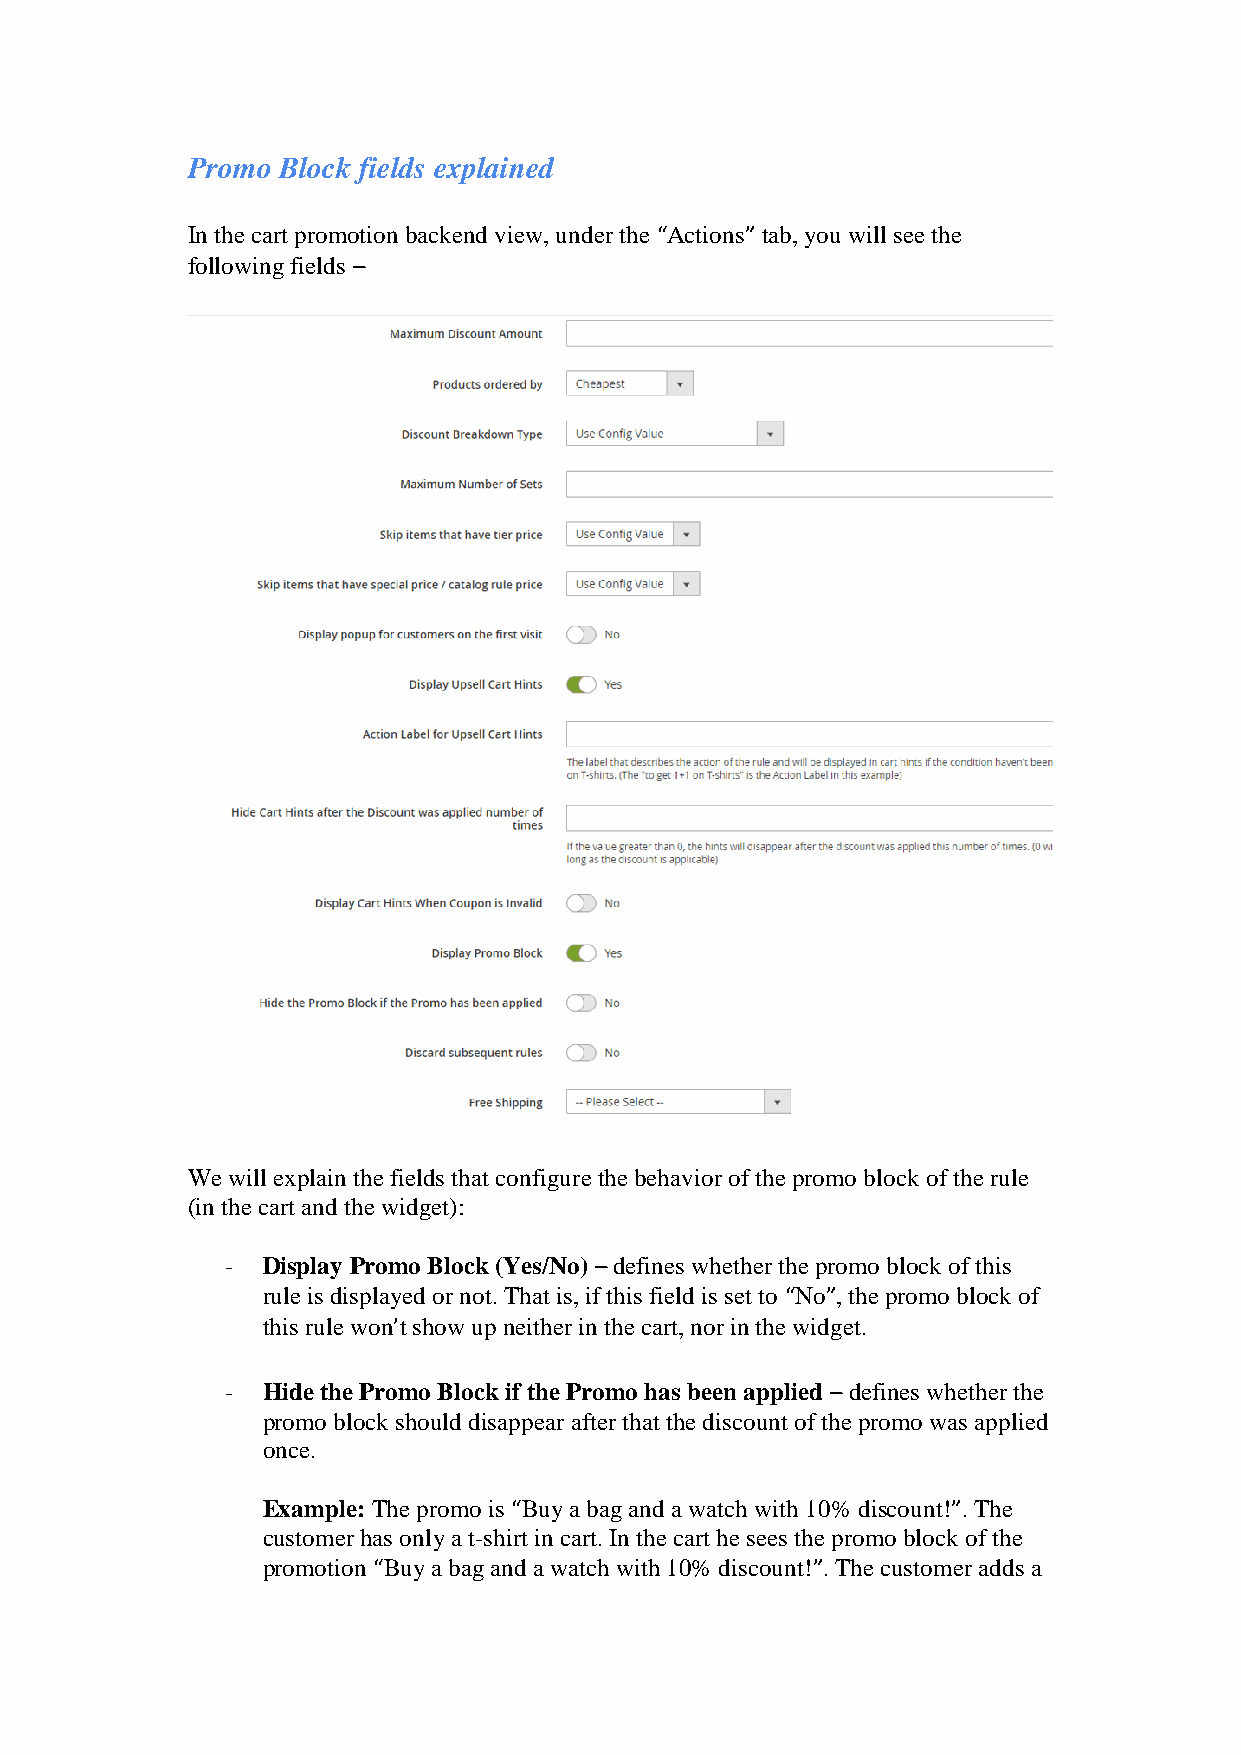
Promo Block fields explained
 In the cart promotion backend view, under the “Actions” tab, you will see the
 following fields –
 We will explain the fields that configure the behavior of the promo block of the rule
 (in the cart and the widget):
 - Display Promo Block (Yes/No) – defines whether the promo block of this
 rule is displayed or not. That is, if this field is set to “No”, the promo block of
 this rule won’t show up neither in the cart, nor in the widget.
 - Hide the Promo Block if the Promo has been applied – defines whether the
 promo block should disappear after that the discount of the promo was applied
 once.
 Example: The promo is “Buy a bag and a watch with 10% discount!”. The
 customer has only a t-shirt in cart. In the cart he sees the promo block of the
 promotion “Buy a bag and a watch with 10% discount!”. The customer adds a